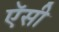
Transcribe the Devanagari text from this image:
ऍसी